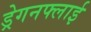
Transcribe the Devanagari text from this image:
ड्रेगनफ्लाई